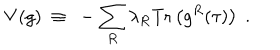
LaTeX: V ( g ) ~ \equiv ~ - \sum _ { R } \lambda _ { R } \mathrm { T r } \left( g ^ { R } ( \tau ) \right) \; .